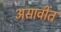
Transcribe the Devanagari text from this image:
असावींत